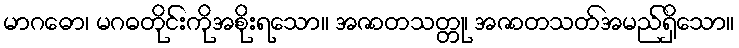
မာဂဓော၊ မဂဓတိုင်းကိုအစိုးရသော။ အဇာတသတ္တု၊ အဇာတသတ်အမည်ရှိသော။